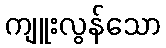
ကျူးလွန်သော